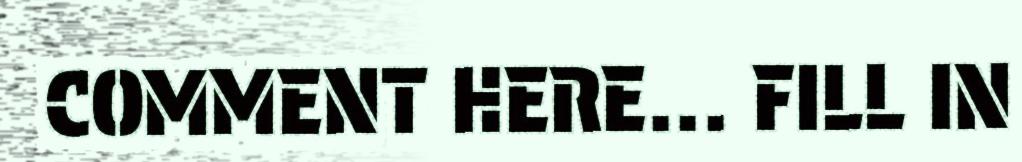
COMMENT HERE... FILL IN